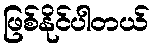
ဖြစ်နိုင်ပါတယ်